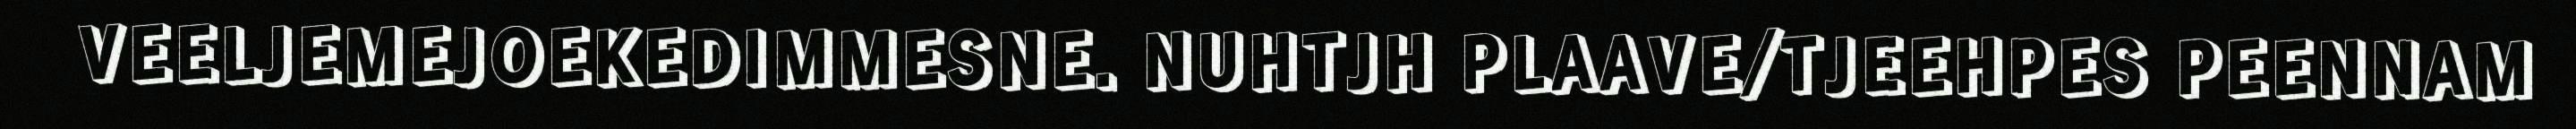
VEELJEMEJOEKEDIMMESNE. NUHTJH PLAAVE/TJEEHPES PEENNAM